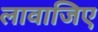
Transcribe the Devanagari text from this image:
लावाजिए